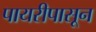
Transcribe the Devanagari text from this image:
पायरीपासून